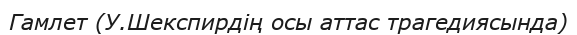
Гамлет (У.Шекспирдің осы аттас трагедиясында)